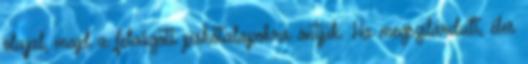
olajjal, majd a felvágott piskótalapokra öntjük. Ha megszilárdult, éles